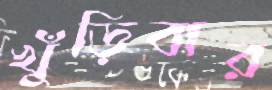
খুঁড়িবার